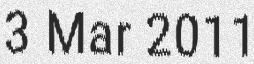
3 Mar 2011